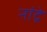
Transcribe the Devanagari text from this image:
नांद्रे